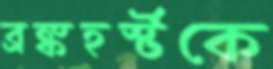
ব্রঙ্কহর্স্টকে